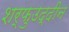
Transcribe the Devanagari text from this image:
शर्फुउद्दीन